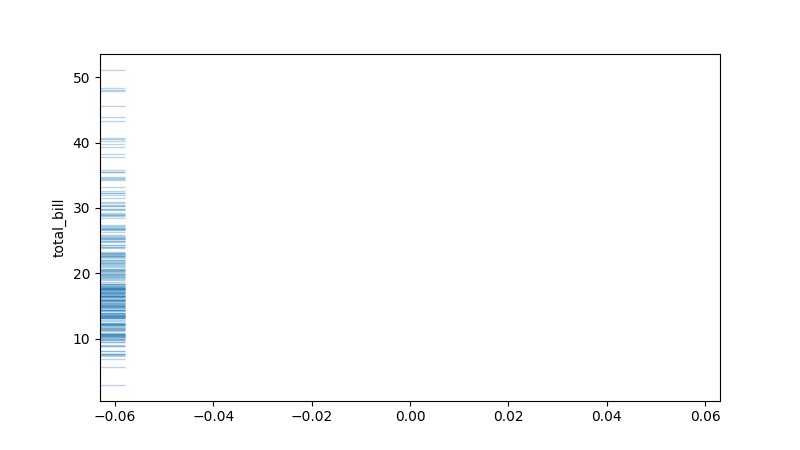
python, seaborn, rugplot, height=0.04, axis='y', alpha=0.3